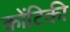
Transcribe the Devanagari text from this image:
कोंटिकी